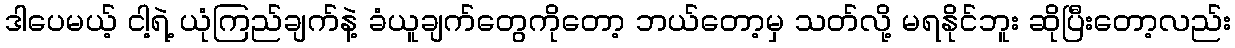
ဒါပေမယ့် ငါ့ရဲ့ ယုံကြည်ချက်နဲ့ ခံယူချက်တွေကိုတော့ ဘယ်တော့မှ သတ်လို့ မရနိုင်ဘူး ဆိုပြီးတော့လည်း